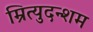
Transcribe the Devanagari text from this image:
म्रित्युदन्शम